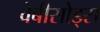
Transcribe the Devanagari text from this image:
वेबीसोड्स